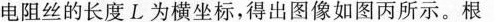
电阻丝的长度L为横坐标，得出图像如图丙所示。根